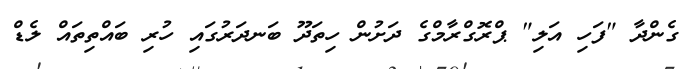
ގެންދާ "ފަހި އަލި" ޕްރޮގްރާމްގެ ދަށުން ހިތަދޫ ބަނދަރުގައި ހުރި ބައްތިތައް ލެޑް